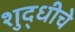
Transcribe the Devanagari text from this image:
शुद्धीचे